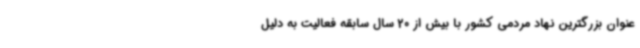
عنوان بزرگترین نهاد مردمی کشور با بیش از 20 سال سابقه فعالیت به دلیل